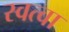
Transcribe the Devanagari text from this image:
स्वत्वा